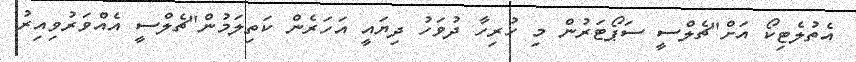
އެތުލެޓިކޯ އަށް"ޗެލްސީ ސަޕޯޓަރުން މި ހުރިހާ ދުވަހު ދިޔައީ އަހަރެން ކަތިލަމުން"ޗެލްސީ އެއްވަރުވިއިރު